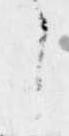
う